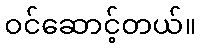
ဝင်ဆောင့်တယ်။